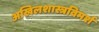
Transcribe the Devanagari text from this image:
अखिलशास्त्रविमर्श